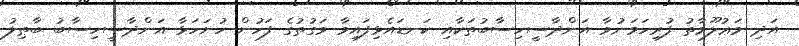
އަދި މަޢުލޫމާތު ފުރިހަމަނުވާ އަންދާސީހިސާބުތަކާއި ކަނޑައެޅިފައިވާ ވަގުތުގެ ފަހުން ހުށަހަޅާ އަންދާސީހިސާބު ބާޠިލު